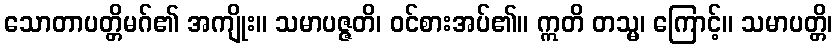
သောတာပတ္တိမဂ်၏ အကျိုး။ သမာပဇ္ဇတိ၊ ဝင်စားအပ်၏။ ဣတိ တသ္မ၊ ကြောင့်။ သမာပတ္တိ၊